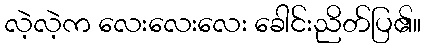
လဲ့လဲ့က လေးလေးလေး ခေါင်းညိတ်ပြ၏။